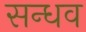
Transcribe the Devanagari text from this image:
सन्धव